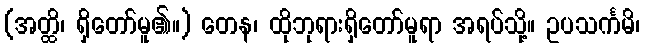
(အတ္ထိ၊ ရှိတော်မူ၏။) တေန၊ ထိုဘုရားရှိတော်မူရာ အရပ်သို့။ ဥပသင်္ကမိ၊